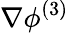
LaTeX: \nabla\phi^{(3)}